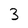
Character: 3